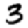
Digit: 3